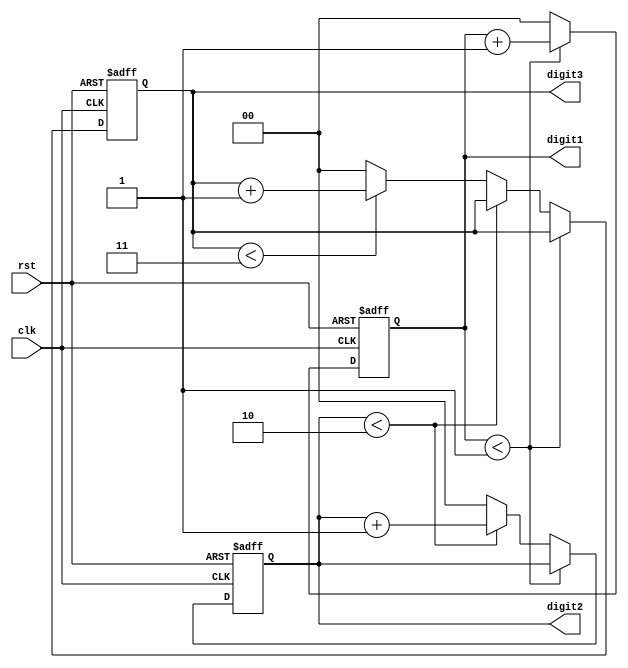
module mixed_radix_counter(
    input wire clk,         // Clock input
    input wire rst,         // Asynchronous reset
    output reg [1:0] digit1, // Base 2 (0, 1)
    output reg [1:0] digit2, // Base 3 (0, 1, 2)
    output reg [1:0] digit3  // Base 4 (0, 1, 2, 3)
);

    // Radix definitions
    localparam RADIX1 = 2; // Base 2
    localparam RADIX2 = 3; // Base 3
    localparam RADIX3 = 4; // Base 4

    always @(posedge clk or posedge rst) begin
        if (rst) begin
            // Asynchronous reset
            digit1 <= 0;
            digit2 <= 0;
            digit3 <= 0;
        end else begin
            // Handle digit1 (base 2)
            if (digit1 < RADIX1 - 1) begin
                digit1 <= digit1 + 1;
            end else begin
                digit1 <= 0; // Reset digit1
                // Handle digit2 (base 3)
                if (digit2 < RADIX2 - 1) begin
                    digit2 <= digit2 + 1;
                end else begin
                    digit2 <= 0; // Reset digit2
                    // Handle digit3 (base 4)
                    if (digit3 < RADIX3 - 1) begin
                        digit3 <= digit3 + 1;
                    end else begin
                        digit3 <= 0; // Reset digit3
                    end
                end
            end
        end
    end
endmodule